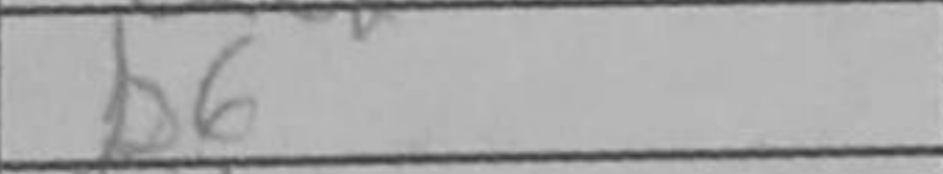
Transcription: b6